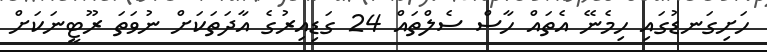
ހަށިގަނޑުގައި ހިމެނޭ އެތައް ހާސް ސެލްތައް 24 ގަޑިއިރުގެ އާދަތަކަށް ނުވަތަ ރޫޓީނަކަށް